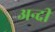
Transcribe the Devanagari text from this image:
अन्दी